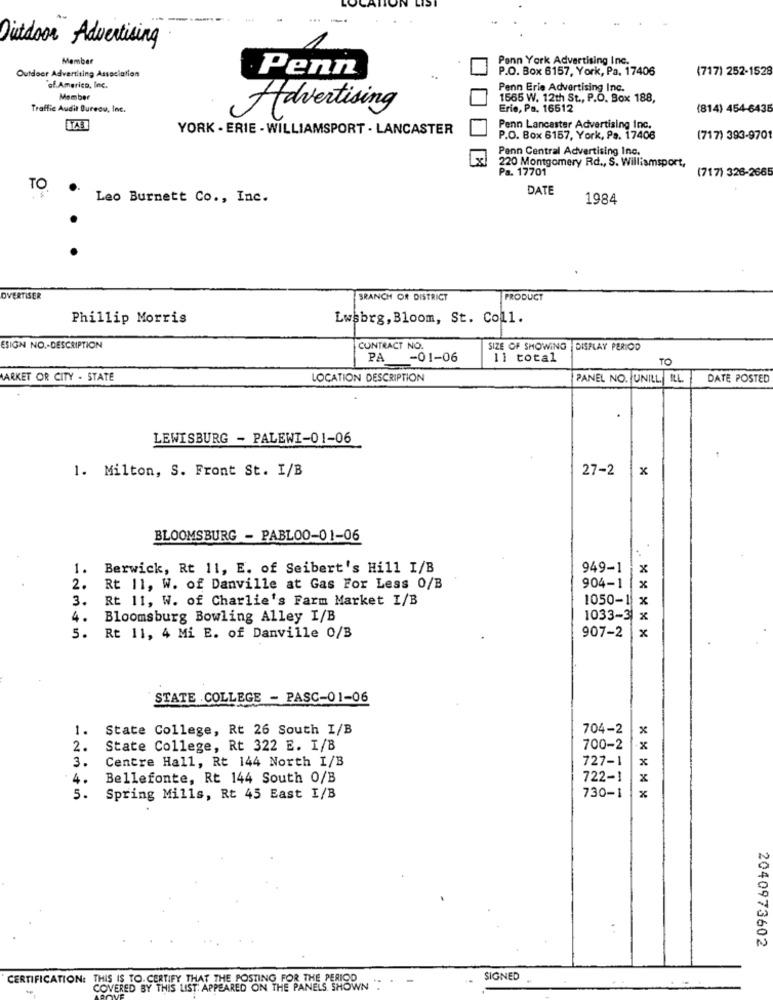
...
Outdoor Advertising
Member
Penn York Advertising Inc.
P.O. Box 6157, York, Pa. 17406
(717) 252-1528
Outdoor Advertising Association
Penn
"of America, Inc.
Penn Erie Advertising Inc.
Member
1565 W. 12th St ., P.O. Box 188,
Traffic Audit Bureau, Inc.
Erie, Pa. 16512
(814) 454-6435
Advertising
YORK . ERIE - WILLIAMSPORT - LANCASTER
Penn Lancaster Advertising Inc.
P.O. Box 6157, York, Pa. 17406
(717) 393-9701
Penn Central Advertising Inc.
220 Montgomery Rd ., S. Williamsport,
Pa. 17701
(717) 326-266
TO
DATE
Leo Burnett Co ., Inc.
1984
OVERTISER
SRANCH OR DISTRICT
PRODUCT
Phillip Morris
Lwsbrg, Bloom, St. Coll.
ESIGN NO .- DESCRIPTION
CONTRACT NO.
SIZE OF SHOWING |DISPLAY PERIOD
PA -01-06
11 total
TO
MARKET OR CITY - STATE
LOCATION DESCRIPTION
PANEL NO. UNILL. ILL
DATE POSTED
LEWISBURG - PALEWI-01-06
1. Milton, S. Front St. I/B
27-2
x
BLOOMSBURG - PABLO0-01-06
1.
Berwick, Rt 11, E. of Seibert's Hill I/B
949-1
x
2.
Rt 11, W. of Danville at Gas For Less 0/B
904-1
3.
Rt 11, W. of Charlie's Farm Market I/B
1050-1
x
4.
Bloomsburg Bowling Alley I/B
1033-3
x
5.
Rt 11, 4 Mi E. of Danville 0/B
907-2
x
STATE COLLEGE - PASC-01-06
1.
State College, Rt 26 South I/B
704-2
×
2.
State College, Rt 322 E. I/B
700-2
3.
Centre Hall, Rt 144 North I/B
727-1
4.
Bellefonte, Rt 144 South 0/B
722-1
x
5.
Spring Mills, Rt 45 East I/B
730-1
*****
2040973602
CERTIFICATION: THIS IS TO. CERTIFY THAT THE POSTING FOR THE PERIOD
SIGNED
COVERED BY THIS LIST: APPEARED ON THE PANELS SHOWN .